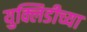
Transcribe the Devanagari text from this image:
युक्लिडीच्या